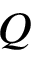
Q